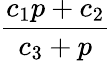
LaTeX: \frac{c_{1}p+c_{2}}{c_{3}+p}